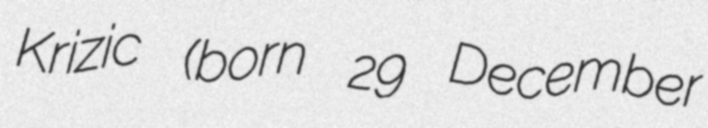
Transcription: Krizic (born 29 December